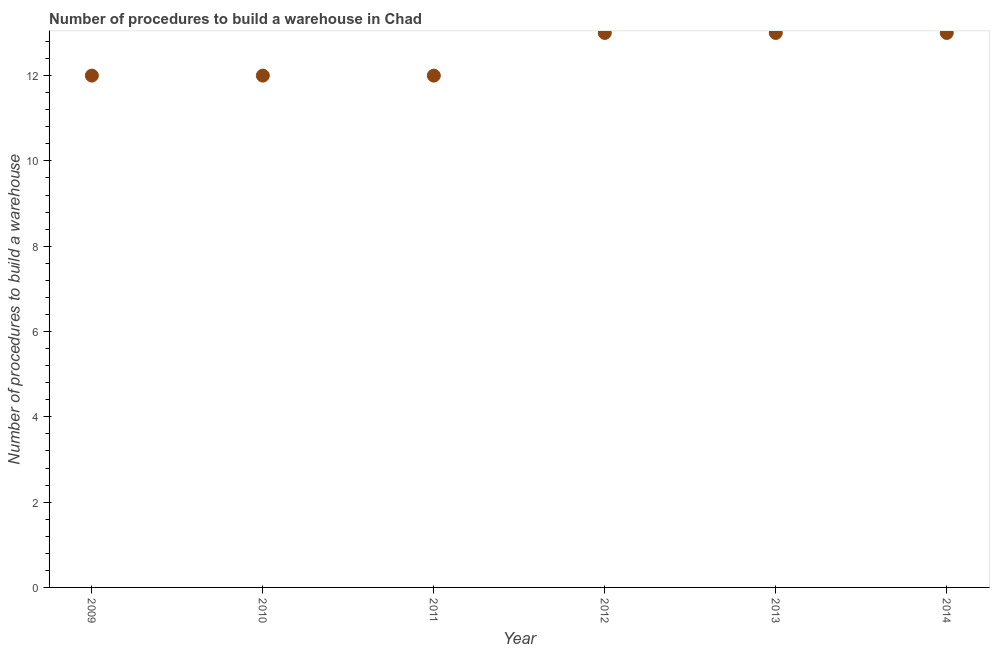
| Year | Build a warehouse |
 | --- | --- |
 | 2009 | 12 |
 | 2010 | 12 |
 | 2011 | 12 |
 | 2012 | 13 |
 | 2013 | 13 |
 | 2014 | 13 |